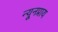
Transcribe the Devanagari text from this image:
न्यूनप्राय